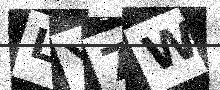
Text: LY7W